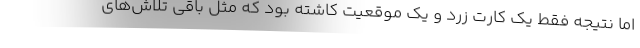
اما نتیجه فقط یک کارت زرد و یک موقعیت کاشته بود که مثل باقی تلاش‌های